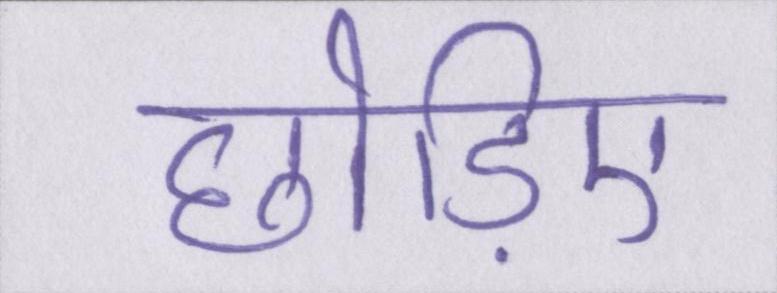
छोड़िए